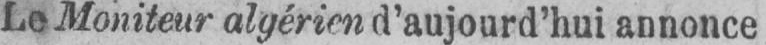
Le Moniteur algérien d’aujourd’hui annonce